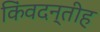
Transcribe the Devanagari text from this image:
किंवदन्तीह